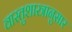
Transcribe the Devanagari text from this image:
वास्तुशास्त्रानुसार